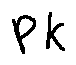
P k